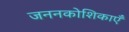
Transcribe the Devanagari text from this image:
जननकोशिकाएँ